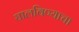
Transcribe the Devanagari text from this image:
घालविण्याचा